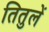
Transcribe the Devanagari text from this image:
तितुलें